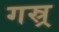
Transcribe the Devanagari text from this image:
गस्र्र